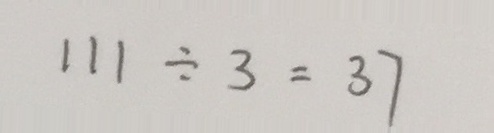
1 1 1 \div 3 = 3 7